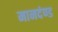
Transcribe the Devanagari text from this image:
मानदंण्ड